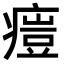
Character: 𤸳